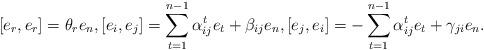
LaTeX: \begin{align*}[e_r, e_r]=\theta_re_n, [e_i, e_j]=\sum^{n-1}_{t=1}\alpha^t_{ij}e_t+\beta_{ij}e_n, [e_j, e_i]=-\sum^{n-1}_{t=1}\alpha^t_{ij}e_t+\gamma_{ji}e_n.\end{align*}